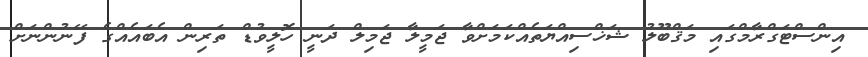
އިންސްޓަގްރާމްގައި މަޤްބޫލު ޝަަޚްސިއްޔަތެއްކަމަށްވާ ޖަމީލާ ޖަމިލް ދަނީ ހޮލީވުޑް ތަރިން އެބައެއްގެ ފޭނުންނަށް